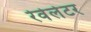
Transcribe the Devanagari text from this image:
रेवेलेटर